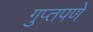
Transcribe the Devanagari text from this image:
गुप्‍तपणें